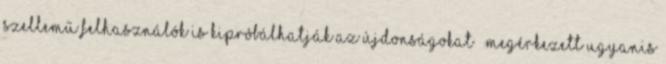
szellemű felhasználók is kipróbálhatják az újdonságokat – megérkezett ugyanis